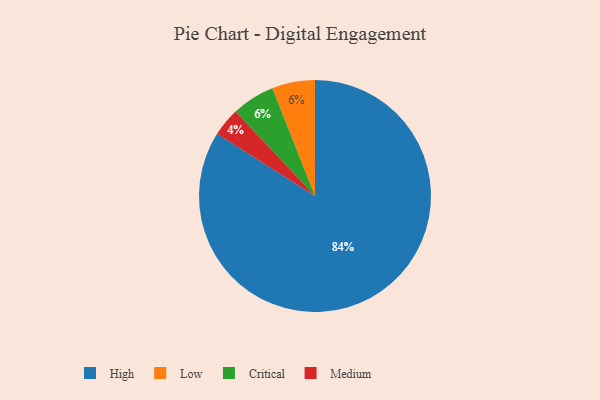
{"axis": {"x": "Category", "y": "Percentage"}, "legend": ["Critical", "High", "Low", "Medium"], "data": [{"x": "High", "y": 84, "type": "High"}, {"x": "Low", "y": 6, "type": "Low"}, {"x": "Critical", "y": 6, "type": "Critical"}, {"x": "Medium", "y": 4, "type": "Medium"}]}